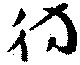
彷